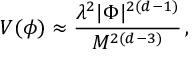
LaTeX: V ( \phi ) \approx \frac { \lambda ^ { 2 } | \Phi | ^ { 2 ( d - 1 ) } } { M ^ { 2 ( d - 3 ) } } \, ,